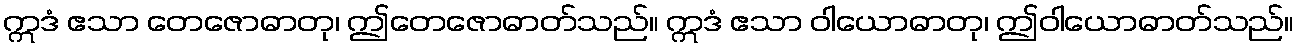
ဣဒံ ဧသာ တေဇောဓာတု၊ ဤတေဇောဓာတ်သည်။ ဣဒံ ဧသာ ဝါယောဓာတု၊ ဤဝါယောဓာတ်သည်။